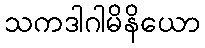
သကဒါဂါမိနိယော